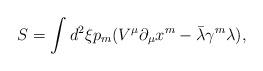
LaTeX: \begin{align*}S=\int d^2\xi p_m(V^\mu\partial_\mu x^m-\bar\lambda \gamma^m\lambda),\end{align*}